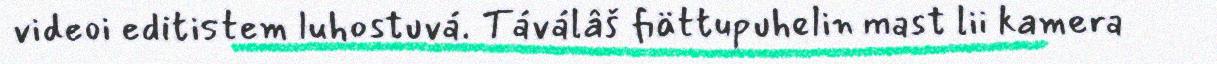
videoi editistem luhostuvá. Táválâš fiättupuhelin mast lii kamera